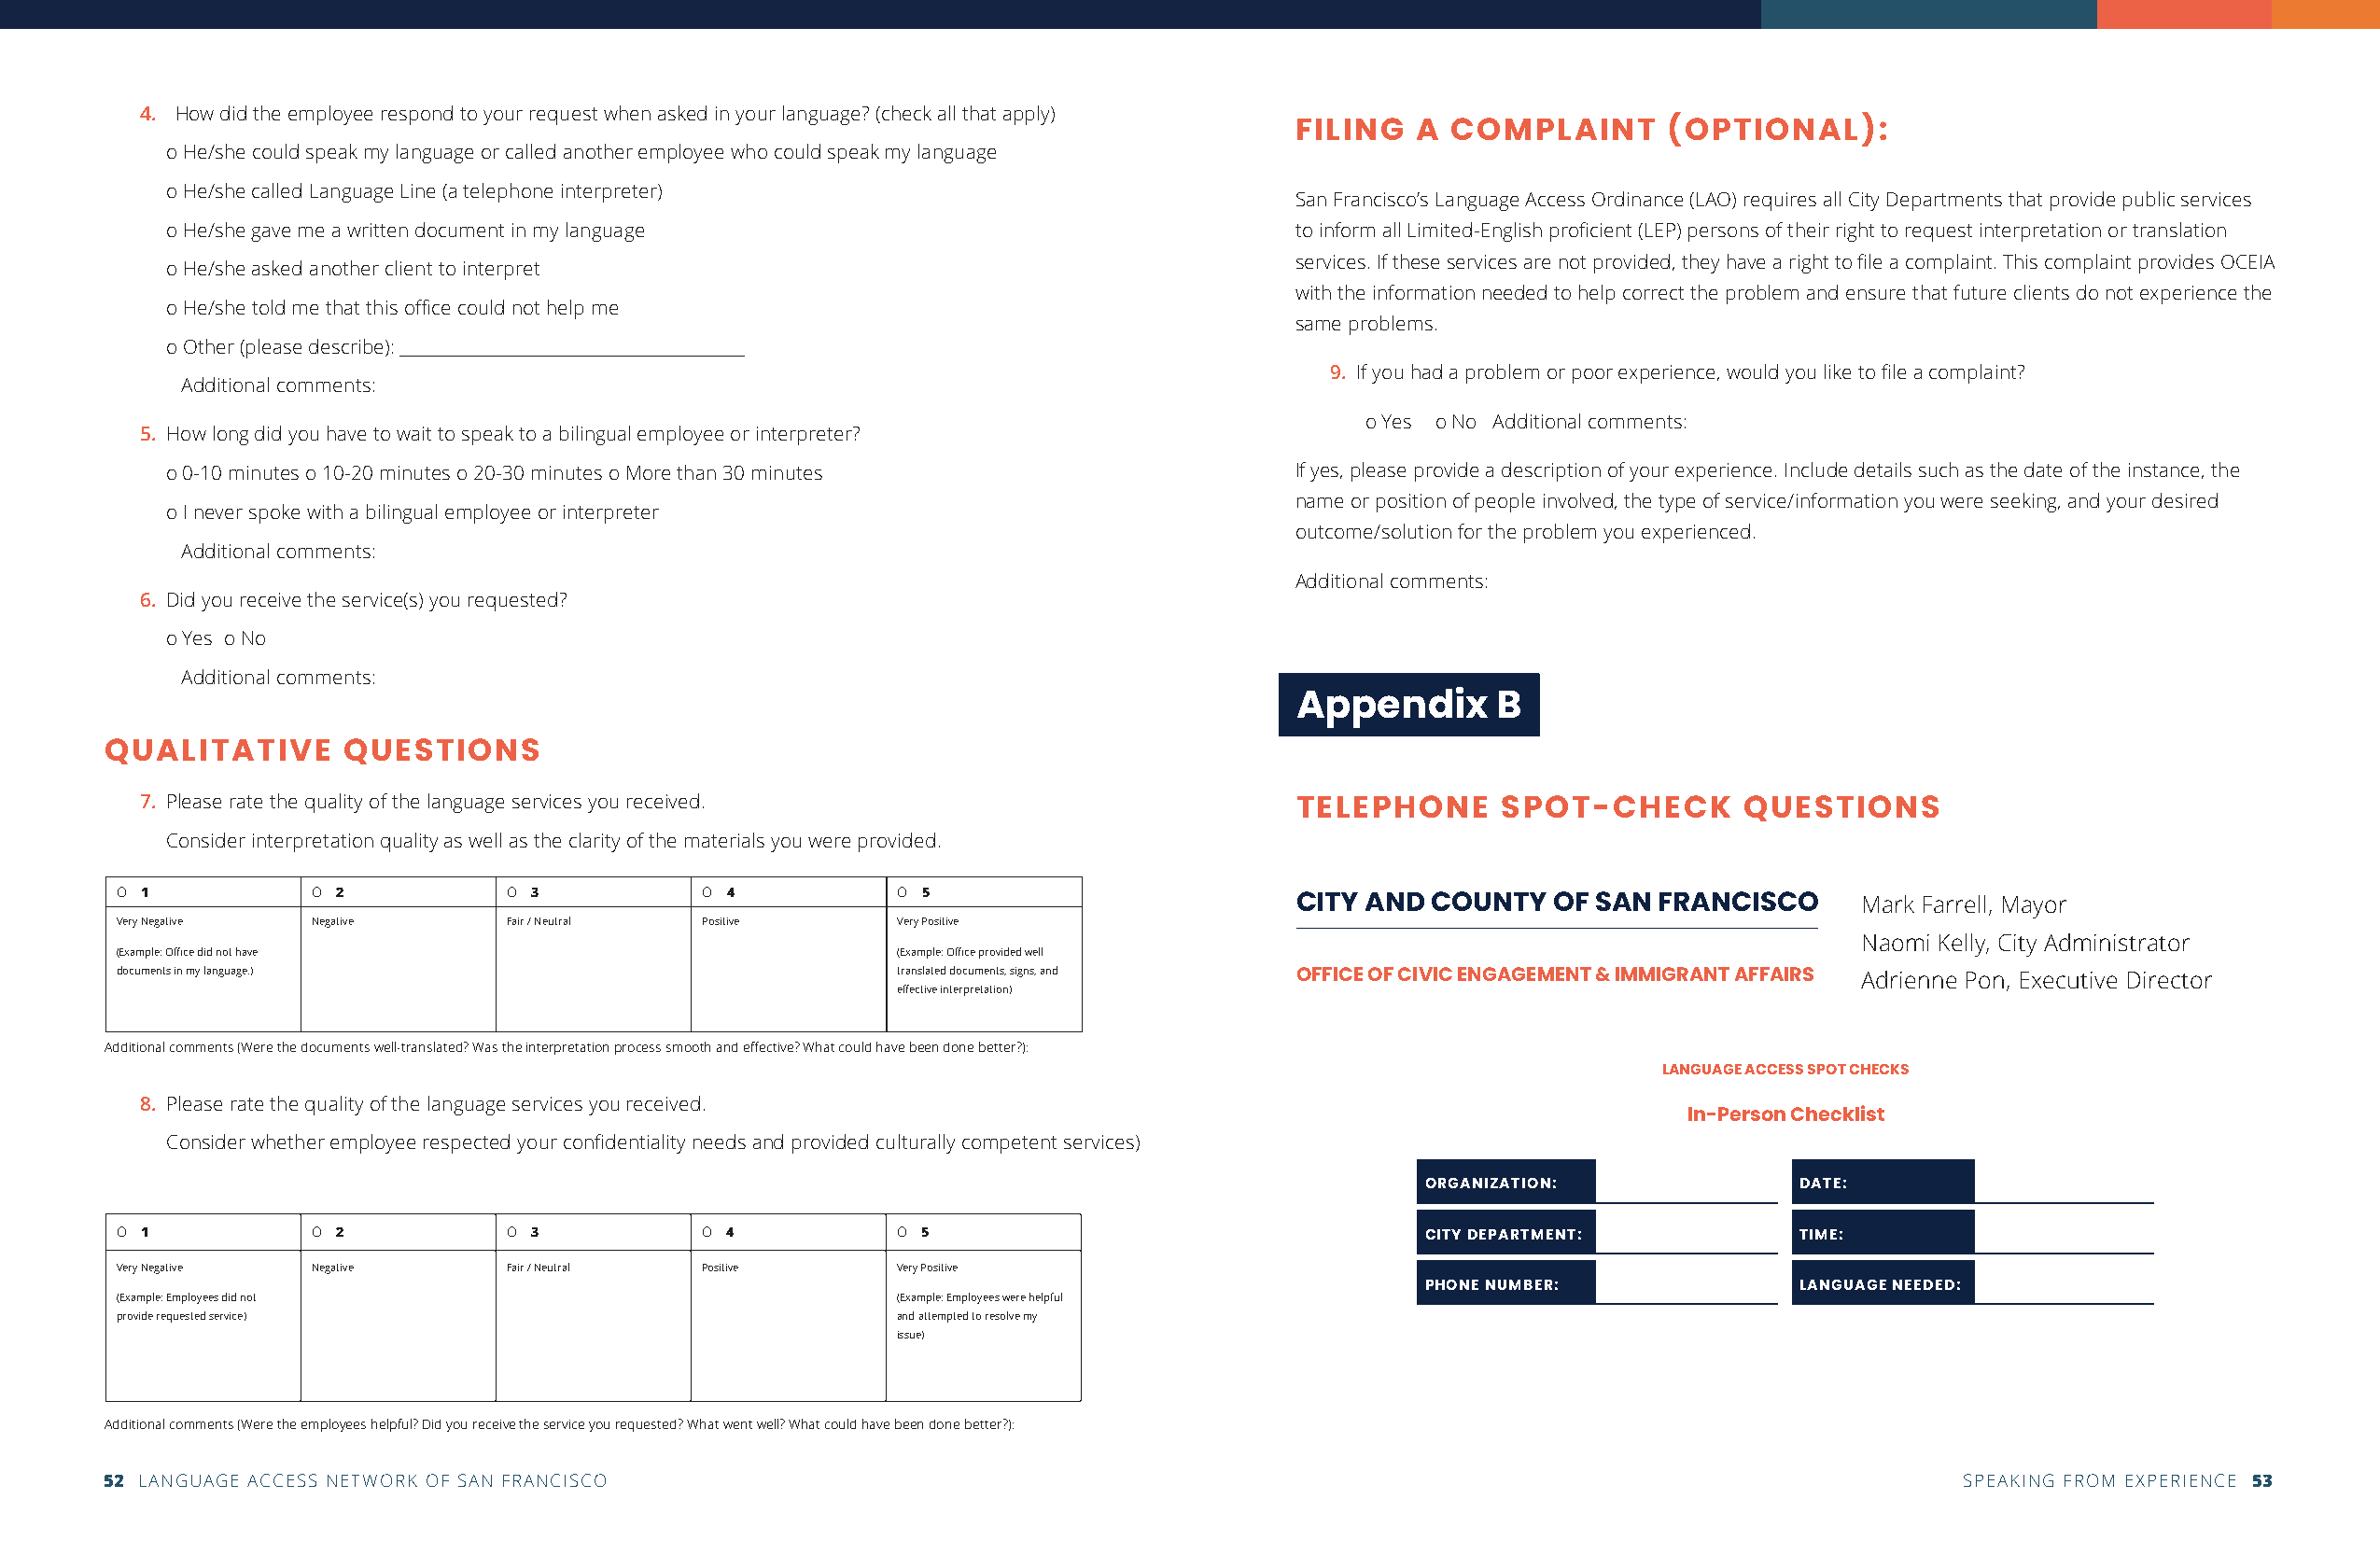
4. How did the employee respond to your request when asked in your language? (check all that apply)
 FILING  A  COMPLAINT      (OPTIONAL):
 o He/she could speak my language or called another employee who could speak my language
 o He/she called Language Line (a telephone interpreter)
 San Francisco’s Language Access Ordinance (LAO) requires all City Departments that provide public services
 o He/she gave me a written document in my language                              to inform all Limited-English proficient (LEP) persons of their right to request interpretation or translation
 services. If these services are not provided, they have a right to file a complaint. This complaint provides OCEIA
 o He/she asked another client to interpret
 with the information needed to help correct the problem and ensure that future clients do not experience the
 o He/she told me that this office could not help me
 same problems.
 o Other (please describe): __________________________________________
 9. If you had a problem or poor experience, would you like to file a complaint?
 Additional comments:
 o Yes o No Additional comments:
 5. How long did you have to wait to speak to a bilingual employee or interpreter?
 o 0-10 minutes o 10-20 minutes o 20-30 minutes o More than 30 minutes           If yes, please provide a description of your experience. Include details such as the date of the instance, the
 name or position of people involved, the type of service/information you were seeking, and your desired
 o I never spoke with a bilingual employee or interpreter
 outcome/solution for the problem you experienced.
 Additional comments:
 Additional comments:
 6. Did you receive the service(s) you requested?
 o Yes o No
 Additional comments:
 Appendix      B
 QUALITATIVE      QUESTIONS
 7. Please rate the quality of the language services you received.
 TELEPHONE     SPOT-CHECK        QUESTIONS
 Consider interpretation quality as well as the clarity of the materials you were provided.
 O 1           O 2           O 3           O 4           O 5
 CITY AND  COUNTY  OF SAN  FRANCISCO     Mark Farrell, Mayor
 Very Negative Negative      Fair / Neutral Positive     Very Positive
 Naomi Kelly, City Administrator
 (Example: Office did not have                           (Example: Office provided well-
 documents in my language.)                              translated documents, signs, and OFFICE OF CIVIC ENGAGEMENT & IMMIGRANT AFFAIRS Adrienne Pon, Executive Director
 effective interpretation)
 Additional comments (Were the documents well-translated? Was the interpretation process smooth and effective? What could have been done better?):
 LANGUAGE ACCESS SPOT CHECKS
 8. Please rate the quality of the language services you received.
 In-Person Checklist
 Consider whether employee respected your confidentiality needs and provided culturally competent services)
 ORGANIZATION:              DATE:
 O 1           O 2           O 3           O 4           O 5
 CITY DEPARTMENT:           TIME:
 Very Negative Negative      Fair / Neutral Positive     Very Positive
 PHONE NUMBER:              LANGUAGE NEEDED:
 (Example: Employees did not                             (Example: Employees were helpful
 provide requested service)                              and attempted to resolve my
 issue)
 Additional comments (Were the employees helpful? Did you receive the service you requested? What went well? What could have been done better?):
 52 LANGUAGE ACCESS NETWORK OF SAN FRANCISCO                                                                                         SPEAKING FROM EXPERIENCE 53